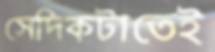
সেদিকটাতেই